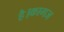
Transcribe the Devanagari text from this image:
है।कागज